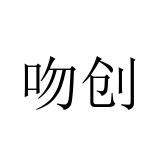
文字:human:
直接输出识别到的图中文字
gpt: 吻创